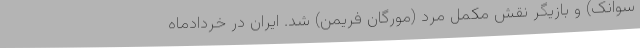
سوانک) و بازیگر نقش مکمل مرد (مورگان فریمن) شد. ایران در خردادماه